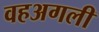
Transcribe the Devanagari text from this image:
वहअगली